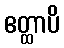
ဧတ္ထာပိ